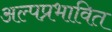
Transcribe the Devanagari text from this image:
अल्पप्रभावित